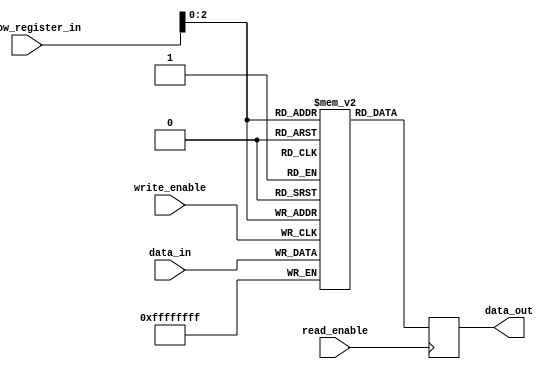
module MemoryBlocksShadowRegisterFile (
    input [31:0] shadow_register_in,
    input [31:0] data_in,
    input write_enable,
    input read_enable,
    output reg [31:0] data_out
);

reg [31:0] memory_block [0:7];

always @ (posedge write_enable)
begin
    memory_block[shadow_register_in] <= data_in;
end

always @ (posedge read_enable)
begin
    data_out <= memory_block[shadow_register_in];
end

endmodule